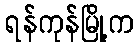
ရန်ကုန်မြို့က